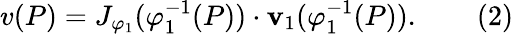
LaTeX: v(P)=J_{\varphi_{1}}(\varphi_{1}^{-1}(P))\cdot{\mathbf{v}}_{1}(\varphi_{1}^{-1}(P)).\qquad(2)